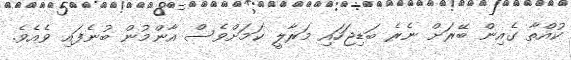
ކުއްތާ ގެއިން ބޭރަށް ނެރެ ބަޑިޖަހައި މަރާލީ ކަމަށްވެސް އާންމުން ބުނެފައި ވެއެވެ.